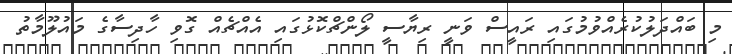
މި ބައްދަލުކުރެއްވުމުގައި ރައީސް ވަނީ ރިޔާސީ ލޯންޗްކޮޅުގައި އެއްޗެއް ގޮވި ހާދިސާގެ މައުލޫމާތު